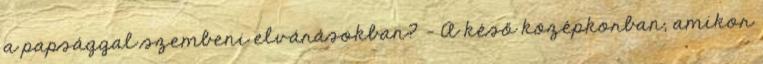
a papsággal szembeni elvárásokban? - A késő középkorban, amikor